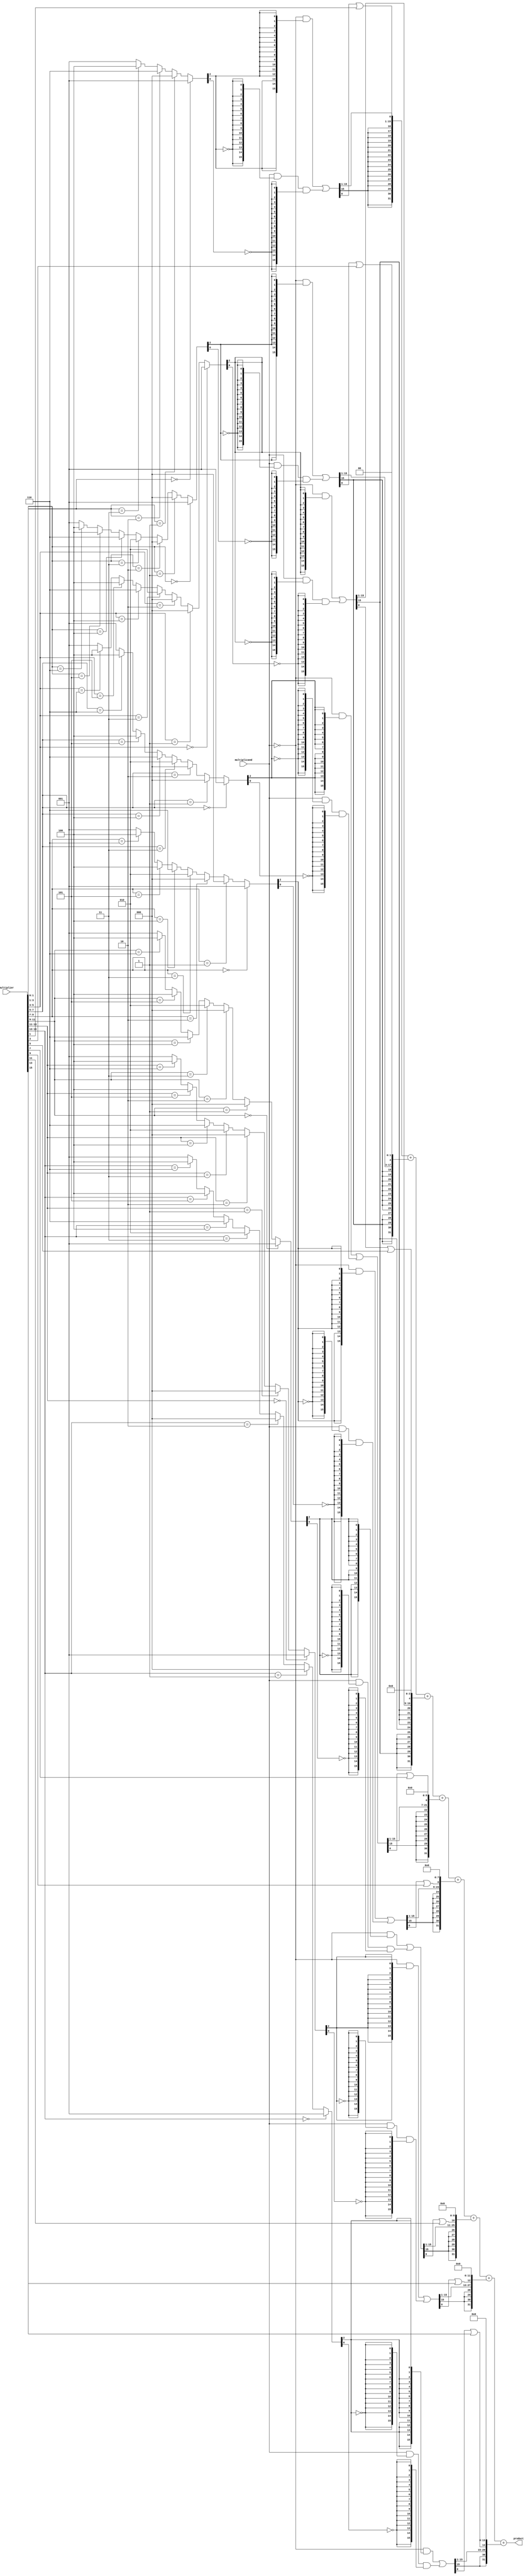
module ambm(multiplier,multiplicand, product);
input signed [15:0]multiplier, multiplicand;
output signed [31:0]product;
wire [7:0]neg;
wire [7:0]two;
wire [7:0]zero;

assign {neg[0],two[0],zero[0]}=({multiplier[1:0],1'b0}==3'b000)? 3'b001: ({multiplier[1:0],1'b0}==3'b001)? 
                               3'b000: ({multiplier[1:0],1'b0}==3'b010)? 3'b000: ({multiplier[1:0],1'b0}==3'b011)? 
										 3'b010: ({multiplier[1:0],1'b0}==3'b100)? 3'b110: ({multiplier[1:0],1'b0}==3'b101)? 
										 3'b100: ({multiplier[1:0],1'b0}==3'b110)? 3'b100: 3'b001;

assign {neg[1],two[1],zero[1]}=(multiplier[3:1]==3'b000)? 3'b001: (multiplier[3:1]==3'b001)? 3'b000:
                                (multiplier[3:1]==3'b010)? 3'b000: (multiplier[3:1]==3'b011)? 3'b010:
										  (multiplier[3:1]==3'b100)?3'b110:(multiplier[3:1]==3'b101)? 3'b100:(multiplier[3:1]==3'b110)? 
										  3'b100: 3'b001;//multiplier[3:1];

assign {neg[2],two[2],zero[2]}=(multiplier[5:3]==3'b000)? 3'b001: (multiplier[5:3]==3'b001)? 3'b000:
                                (multiplier[5:3]==3'b010)? 3'b000: (multiplier[5:3]==3'b011)? 3'b010:(multiplier[5:3]==3'b100)?
										  3'b110: (multiplier[5:3]==3'b101)? 3'b100: (multiplier[5:3]==3'b110)? 3'b100: 3'b001;//multiplier[5:3];

assign {neg[3],two[3],zero[3]}=(multiplier[7:5]==3'b000)? 3'b001: (multiplier[7:5]==3'b001)? 3'b000:(multiplier[7:5]==3'b010)?
                               3'b000:(multiplier[7:5]==3'b011)?3'b010:(multiplier[7:5]==3'b100)?3'b110:(multiplier[7:5]==3'b101)?
										 3'b100:(multiplier[7:5]==3'b110)? 3'b100: 3'b001;//multiplier[7:5];
     
assign {neg[4],two[4],zero[4]}=(multiplier[9:7]==3'b000)? 3'b001:(multiplier[9:7]==3'b001)? 3'b000:(multiplier[9:7]==3'b010)?3'b000:
                                (multiplier[9:7]==3'b011)?3'b010:(multiplier[9:7]==3'b100)?3'b110:(multiplier[9:7]==3'b101)?3'b100:
										  (multiplier[9:7]==3'b110)? 3'b100: 3'b001;//multiplier[9:7];
    
assign {neg[5],two[5],zero[5]}=(multiplier[11:9]==3'b000)? 3'b001:(multiplier[11:9]==3'b001)? 3'b000:(multiplier[11:9]==3'b010)?
                                3'b000:(multiplier[11:9]==3'b011)?3'b010:(multiplier[11:9]==3'b100)? 3'b110:
										  (multiplier[11:9]==3'b101)? 3'b100:(multiplier[11:9]==3'b110)?3'b100: 3'b001;//multiplier[11:9];
   
assign {neg[6],two[6],zero[6]}=(multiplier[13:11]==3'b000)? 3'b001: (multiplier[13:11]==3'b001)? 3'b000:
                               (multiplier[13:11]==3'b010)?3'b000:(multiplier[13:11]==3'b011)?3'b010:(multiplier[13:11]==3'b100)?
										 3'b110:(multiplier[13:11]==3'b101)?3'b100:(multiplier[13:11]==3'b110)?3'b100: 3'b001;//multiplier[13:11]; 

assign {neg[7],two[7],zero[7]}=(multiplier[15:13]==3'b000)? 3'b001: (multiplier[15:13]==3'b001)? 3'b000:(multiplier[15:13]==3'b010)?
                               3'b000:(multiplier[15:13]==3'b011)?3'b010:(multiplier[15:13]==3'b100)?3'b110:
										 (multiplier[15:13]==3'b101)?3'b100:(multiplier[15:13]==3'b110)?3'b100: 3'b001;//multiplier[15:13]; 


wire  signed [16:0]pp1,pp2,pp3,pp4,pp5,pp6,pp7,pp8;

wire signed [31:0]pp11;//[20:0]pp11;
wire signed [31:0]pp22;//[21:0]pp22;
wire signed [31:0]pp33;//[23:0]pp33;
wire signed [31:0]pp44;//[25:0]pp44;
wire signed [31:0]pp55;//[27:0]pp55;
wire signed [31:0]pp66;//[29:0]pp66;
wire signed [31:0]pp77;//[31:0]pp77;
wire signed [31:0]pp88;//[33:0]pp88;


/// Circuit schematic for approximate two-signal partial product generator PPG-2S.
wire signed [15:0]two_input_andgate[0:7];
wire signed [15:0]three_input_andgate[0:7];
wire signed [15:0]or_gate[0:7];
genvar j1;
generate for(j1=0;j1<=7;j1=j1+1) begin: neg_zero
assign two_input_andgate[j1]=(~multiplicand) & {16{neg[j1]}};
assign three_input_andgate[j1]=multiplicand & {16{~neg[j1]}} & {16{~zero[j1]}};
assign or_gate[j1]=two_input_andgate[j1] | three_input_andgate[j1];
end
endgenerate

wire signed [48:0]new_p1,new_p2,new_p3,new_p4,new_p5,new_p6,new_p7,new_p8;


assign new_p1= {{17{or_gate[0][15]}},or_gate[0][15:1],or_gate[0][0]|multiplier[1]};
assign new_p2= {{17{or_gate[1][15]}},or_gate[1][15:1],or_gate[1][0]|multiplier[3],2'b00};
assign new_p3= {{17{or_gate[2][15]}},or_gate[2][15:1],or_gate[2][0]|multiplier[5],4'b0000};
assign new_p4= {{17{or_gate[3][15]}},or_gate[3][15:1],or_gate[3][0]|multiplier[7],6'b000000};
assign new_p5= {{17{or_gate[4][15]}},or_gate[4][15:1],or_gate[4][0]|multiplier[9],8'b00000000};
assign new_p6= {{17{or_gate[5][15]}},or_gate[5][15:1],or_gate[5][0]|multiplier[11],10'b0000000000};
assign new_p7= {{17{or_gate[6][15]}},or_gate[6][15:1],or_gate[6][0]|multiplier[13],12'b000000000000}; 
assign new_p8= {{17{or_gate[7][15]}},or_gate[7][15:1],or_gate[7][0]|multiplier[15], 14'b00000000000000}; //32+15=47

assign product=new_p1+new_p2+new_p3+new_p4+new_p5+new_p6+new_p7+new_p8;
endmodule